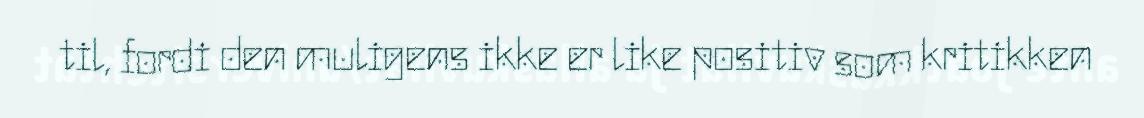
til, fordi den muligens ikke er like positiv som kritikken